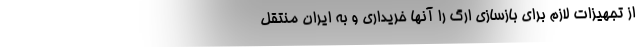
از تجهیزات لازم برای بازسازی ارگ را آنها خریداری و به ایران منتقل